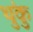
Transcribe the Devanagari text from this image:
थुंकु